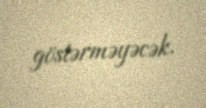
göstərməyəcək.